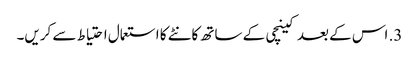
3. اس کے بعد کینچی کے ساتھ کانٹے کا استعمال احتیاط سے کریں۔